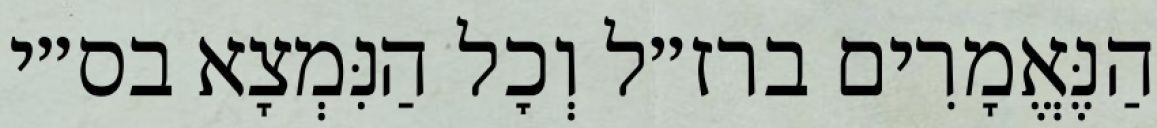
הַנֶּאֱמָרִים ברז״ל וְכׇל הַנִּמְצָא בס״י